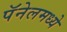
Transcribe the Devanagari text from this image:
पॅनेलमध्ये